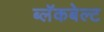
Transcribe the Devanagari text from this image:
ब्लॅकबेल्ट